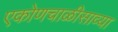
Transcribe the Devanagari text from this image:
एकोणचाळीसाव्या